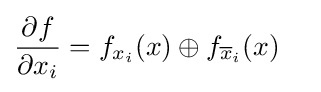
{\begin{aligned}{\frac {\partial f}{\partial x_{i}}}&=f_{x_{i}}(x)\oplus f_{{\overline {x}}_{i}}(x)\end{aligned}}